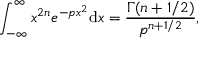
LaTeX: \int _ { - \infty } ^ { \infty } x ^ { 2 n } e ^ { - p x ^ { 2 } } \mathrm { d } x = { \frac { \Gamma ( n + 1 / 2 ) } { p ^ { n + 1 / 2 } } } ,